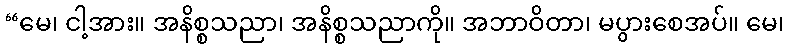
“မေ၊ ငါ့အား။ အနိစ္စသညာ၊ အနိစ္စသညာကို။ အဘာဝိတာ၊ မပွားစေအပ်။ မေ၊